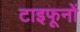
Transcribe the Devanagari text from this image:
टाइफूनों